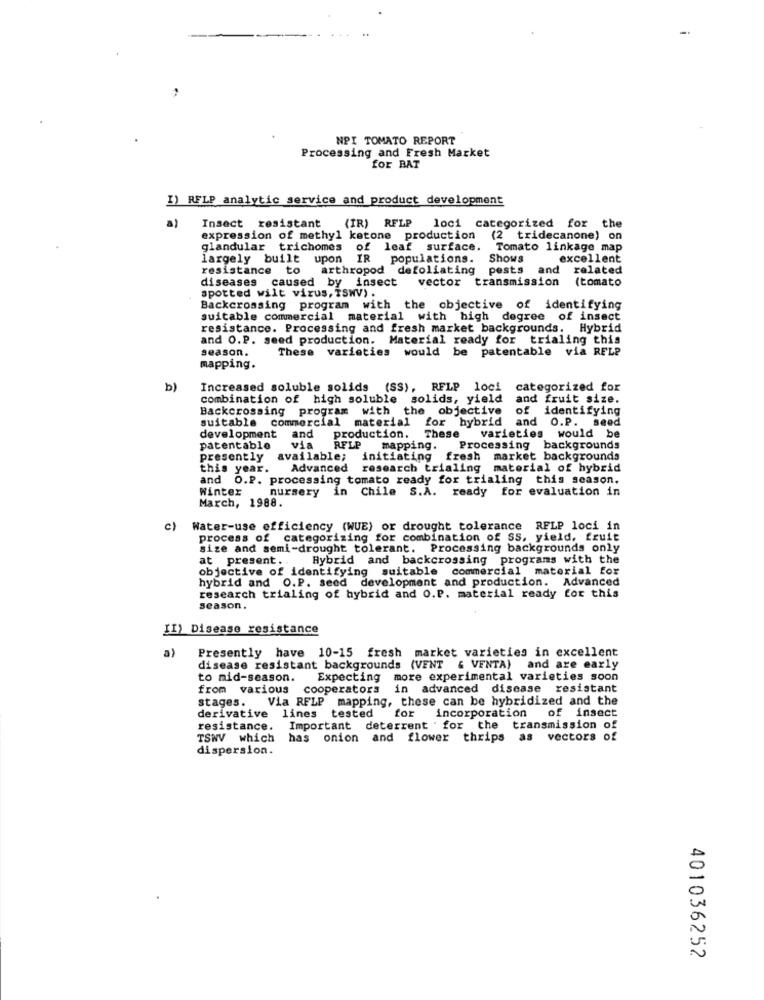
NPI TOMATO REPORT
Processing and Fresh Market
for BAT
I) RFLP analytic service and product development
a)
Insect resistant
(IR) RFLP loci categorized for the
expression of methyl ketone production
(2 tridecanone) on
glandular trichomes of leaf surface. Tomato linkage map
largely built upon IR populations.
Shows
excellent
resistance to
arthropod defoliating pests
and related
diseases caused by insect
vector transmission
(tomato
spotted wilt virus, TSWV) .
Backcrossing program with the objective of identifying
suitable commercial material with high degree of insect
resistance. Processing and fresh market backgrounds. Hybrid
and O.P. seed production. Material ready for trialing this
season.
These varieties would be patentable via REL?
mapping.
b)
Increased soluble solids (SS), RFLP loci categorized for
combination of high soluble solids, yield
and fruit size.
Backcrossing program with the objective
of identifying
suitable commercial material for hybrid and O.P. seed
development and
production.
These
varieties would be
patentable
via
RFLP mapping. Processing backgrounds
presently
available;
initiating fresh market backgrounds
this year.
Advanced research trialing material of hybrid
and O.P. processing tomato ready for trialing this season.
Winter
nursery in Chile S.A. ready for evaluation in
March, 1988.
c)
Water-use efficiency (WUE) or drought tolerance RELP loci in
process of categorizing for combination of SS. yield. fruit
size and semi-drought tolerant. Processing backgrounds only
at present ..
Hybrid and backcrossing programs with the
objective of identifying suitable commercial material for
hybrid and O.P. seed development and production. Advanced
research trialing of hybrid and O.P. material ready for this
season
II) Disease resistance
a)
Presently have 10-15 fresh market varieties in excellent
disease resistant backgrounds (VENT & VENTA) and are early
to mid-season.
Expecting
more experimental varieties soon
from various cooperators in advanced disease resistant
stages. Via RFLP mapping, these can be hybridized and the
derivative lines tested for incorporation of insect
resistance.
Important deterrent . for the transmission of
TSWV which
has onion and flower thrips as vectors of
dispersion.
401036252